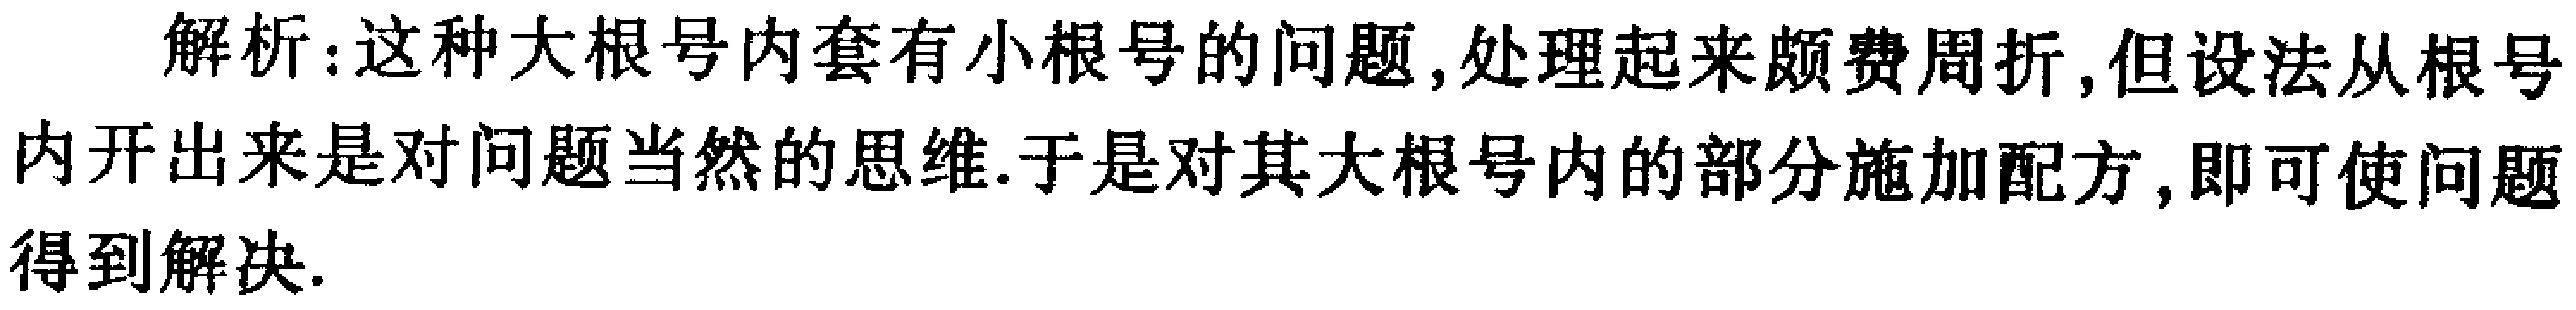
解析：这种大根号内套有小根号的问题,处理起来颇费周折,但设法从根号内开出来是对问题当然的思维.于是对其大根号内的部分施加配方,即可使问题得到解决.